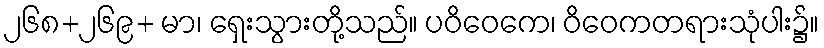
၂၆၈+၂၆၉+ မာ၊ ရှေးသွားတို့သည်။ ပဝိဝေကေ၊ ဝိဝေကတရားသုံပါး၌။